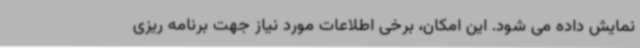
نمایش داده می شود. این امکان، برخی اطلاعات مورد نیاز جهت برنامه ریزی